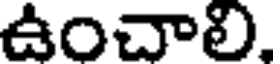
ఉంచాలి,